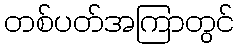
တစ်ပတ်အကြာတွင်